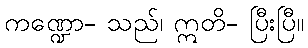
ကဏ္ဍော- သည်၊ ဣတိ- ပြီးပြီ။